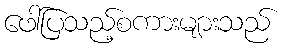
ဖေါ်ပြသည့်စကားများသည်